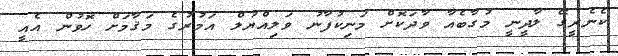
ކެނެރީގޭ ލާދީނީ މުގާބެއާ ވާދަކޮށް މަނިކުފާނު ވަލިއްޔުލް އަމުރުގެ މަޤާމަށް ހޮވުން އެއީ